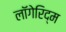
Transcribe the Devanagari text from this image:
लॉगेरिद्म